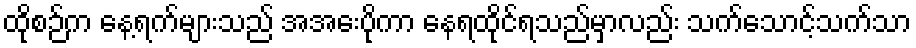
ထိုစဉ်က နေ့ရက်များသည် အအေးပိုကာ နေရထိုင်ရသည်မှာလည်း သက်သောင့်သက်သာ